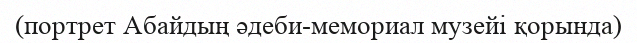
(портрет Абайдың әдеби-мемориал музейі қорында)